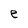
Character: e